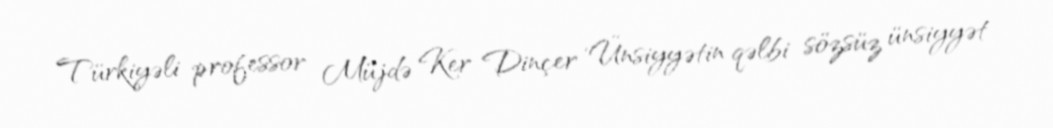
Türkiyəli professor Müjdə Ker Dinçer ‘Ünsiyyətin qəlbi sözsüz ünsiyyət